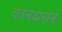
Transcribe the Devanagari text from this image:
वतनदाराने